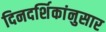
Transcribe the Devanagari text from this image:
दिनदर्शिकांनुसार